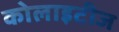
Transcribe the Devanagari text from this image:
कोलाइटीज